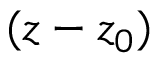
( z - z _ { 0 } )